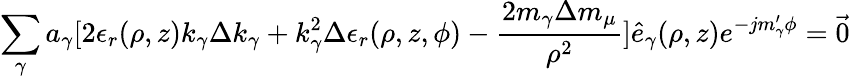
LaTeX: \sum_{\gamma}a_{\gamma}[2\epsilon_{r}(\rho,z)k_{\gamma}\Delta k_{\gamma}+k_{\gamma}^{2}\Delta\epsilon_{r}(\rho,z,\phi)-\frac{2m_{\gamma}\Delta m_{\mu}}{\rho^{2}}]\hat{e}_{\gamma}(\rho,z)e^{-jm_{\gamma}^{\prime}\phi}={\vec{0}}